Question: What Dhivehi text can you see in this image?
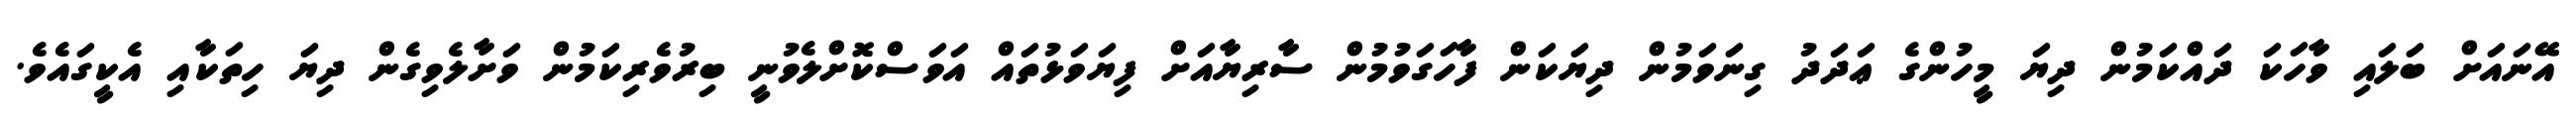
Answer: އޭނައަށް ބަލައި ވާހަކަ ދައްކަމުން ދިޔަ މީހުންގެ ޢަދަދު ގިނަވަމުން ދިޔަކަން ފާހަގަވުމުން ސާރިޔާއަށް ފިޔަވަޅުތައް އަވަސްކޮށްލެވުނީ ބިރުވެރިކަމުން ވަށާލެވިގެން ދިޔަ ހިތަކާއި އެކީގައެވެ.